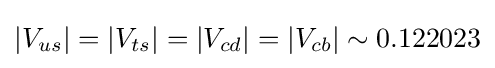
|V_{us}|=|V_{ts}|=|V_{cd}|=|V_{cb}|\sim 0.122023